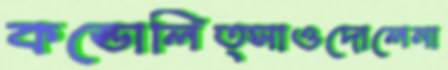
কন্ডোলিত্সাওদোলেনা